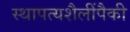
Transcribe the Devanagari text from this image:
स्थापत्यशैलींपैकी